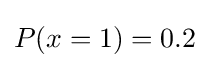
P(x=1)=0{.}2